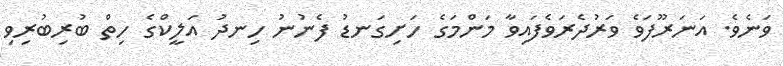
ވަނެވެ. އަނަރޫފަވެ ވަރުދެރަވެފައިވާ މަންމަގެ ހަށިގަނޑު ފެނުނު ހިނދު އަލީކްގެ ހިތް ބުރިބުރިވި